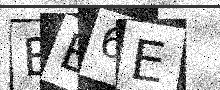
Text: EE6E